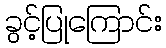
ခွင့်ပြုကြောင်း